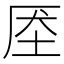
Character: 𰉧